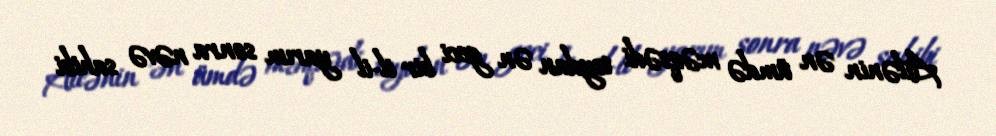
Ailənin ən ümdə məqsədi toydan ən geci bir il-il yarım sonra nəvə sahibi